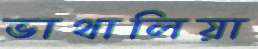
ভাথালিয়া